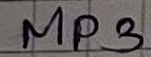
Text: MP3